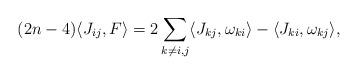
LaTeX: \begin{align*}(2n-4) \langle J_{ij} , F \rangle&=2\sum_{k\neq i,j} \langle J_{kj},\omega_{ki} \rangle - \langle J_{ki} , \omega_{kj} \rangle,\end{align*}